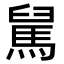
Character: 𩣅